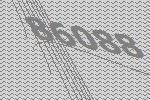
86088